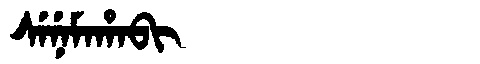
Manchu: ᠰᡝᠨᡝᠮᠠᡥᠠᠪᡳ
Romanization: SENEMAHABI